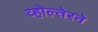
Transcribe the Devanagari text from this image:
व्होल्तेरने